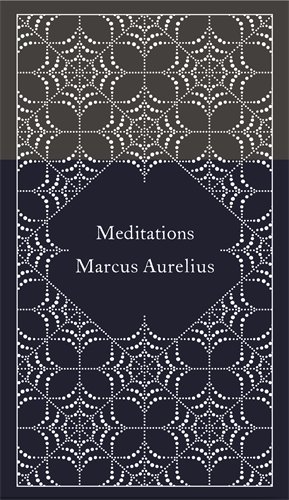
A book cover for Meditations (Hardcover Classics); Marcus Aurelius; Politics & Social Sciences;